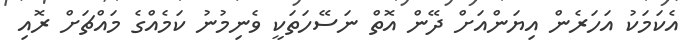
އެކަމަކު އަހަރެން އިޔަންއަށް ދޭން އޮތް ނަސޭހަތަކީ ވެނިމުނު ކަމެއްގެ މައްޗަށް ރޮއި